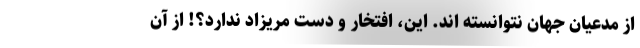
از مدعیان جهان نتوانسته اند. این، افتخار و دست مریزاد ندارد؟! از آن